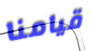
قيامنا